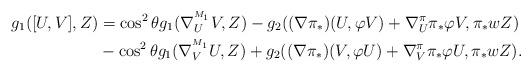
LaTeX: \begin{align*}g_{1}([U,V],Z)&=\cos ^{2}\theta g_{1}(\nabla^{^{M_1}}_{U}V,Z)-g_{2}((\nabla \pi _{\ast})(U,\varphi V)+\nabla _{U}^{\pi }\pi _{\ast }\varphi V,\pi _{\ast }wZ) \\&-\cos ^{2}\theta g_{1}(\nabla^{^{M_1}}_{V}U,Z)+g_{2}((\nabla \pi _{\ast})(V,\varphi U)+\nabla _{V}^{\pi }\pi _{\ast }\varphi U,\pi _{\ast }wZ).\end{align*}